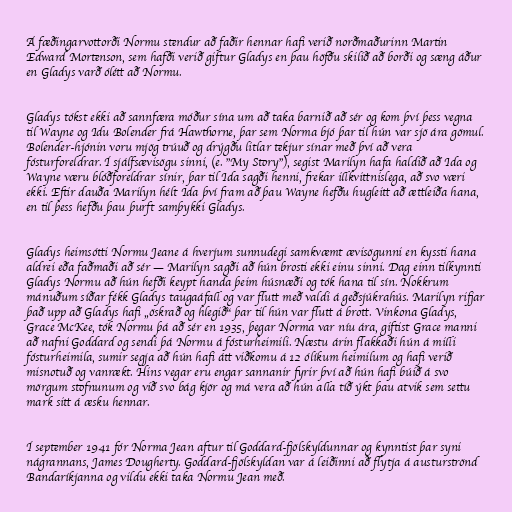
Á fæðingarvottorði Normu stendur að faðir hennar hafi verið norðmaðurinn Martin
Edward Mortenson, sem hafði verið giftur Gladys en þau höfðu skilið að borði og sæng áður
en Gladys varð ólétt að Normu.

Gladys tókst ekki að sannfæra móður sína um að taka barnið að sér og kom því þess vegna
til Wayne og Idu Bolender frá Hawthorne, þar sem Norma bjó þar til hún var sjö ára gömul.
Bolender-hjónin voru mjög trúuð og drýgðu litlar tekjur sínar með því að vera
fósturforeldrar. Í sjálfsævisögu sinni, (e. "My Story"), segist Marilyn hafa haldið að Ida og
Wayne væru blóðforeldrar sínir, þar til Ida sagði henni, frekar illkvittnislega, að svo væri
ekki. Eftir dauða Marilyn hélt Ida því fram að þau Wayne hefðu hugleitt að ættleiða hana,
en til þess hefðu þau þurft samþykki Gladys.

Gladys heimsótti Normu Jeane á hverjum sunnudegi samkvæmt ævisögunni en kyssti hana
aldrei eða faðmaði að sér — Marilyn sagði að hún brosti ekki einu sinni. Dag einn tilkynnti
Gladys Normu að hún hefði keypt handa þeim húsnæði og tók hana til sín. Nokkrum
mánuðum síðar fékk Gladys taugaáfall og var flutt með valdi á geðsjúkrahús. Marilyn rifjar
það upp að Gladys hafi „öskrað og hlegið“ þar til hún var flutt á brott. Vinkona Gladys,
Grace McKee, tók Normu þá að sér en 1935, þegar Norma var níu ára, giftist Grace manni
að nafni Goddard og sendi þá Normu á fósturheimili. Næstu árin flakkaði hún á milli
fósturheimila, sumir segja að hún hafi átt viðkomu á 12 ólíkum heimilum og hafi verið
misnotuð og vanrækt. Hins vegar eru engar sannanir fyrir því að hún hafi búið á svo
mörgum stofnunum og við svo bág kjör og má vera að hún alla tíð ýkt þau atvik sem settu
mark sitt á æsku hennar.

Í september 1941 fór Norma Jean aftur til Goddard-fjölskyldunnar og kynntist þar syni
nágrannans, James Dougherty. Goddard-fjölskyldan var á leiðinni að flytja á austurströnd
Bandaríkjanna og vildu ekki taka Normu Jean með.